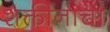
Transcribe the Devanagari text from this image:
शक्तींनाचा